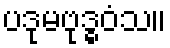
ပဒုမဗုဒ္ဓဝံသ။